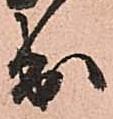
出